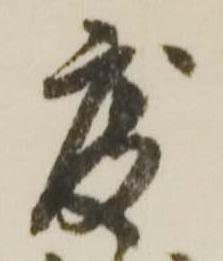
度